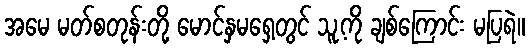
အမေ မတ်စတုန်းတို့ မောင်နှမရှေ့တွင် သူ့ကို ချစ်ကြောင်း မပြရဲ။